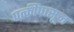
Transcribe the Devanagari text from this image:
पत्कींपासून